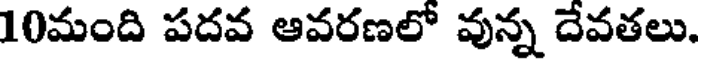
10మంది పదవ ఆవరణలో వున్న దేవతలు.